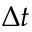
\Delta t